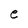
Character: e